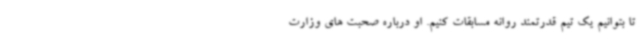
تا بتوانیم یک تیم قدرتمند روانه مسابقات کنیم. او درباره صحبت های وزارت